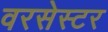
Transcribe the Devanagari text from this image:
वरसेस्टर